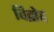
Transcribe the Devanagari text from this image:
विद्रोद